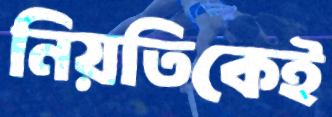
নিয়তিকেই